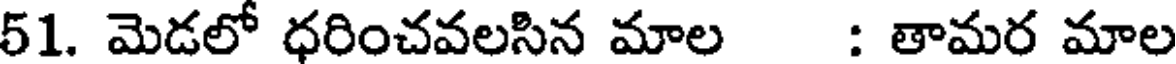
51. మెడలో ధరించవలసిన మాల : తామర మాల